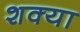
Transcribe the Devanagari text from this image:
शक्या